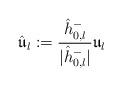
LaTeX: \begin{align*}\hat{\mathfrak{u}}_l:=\frac{\hat{h}^-_{0,l}}{|\hat{h}^-_{0,l}|}\mathfrak{u}_l\end{align*}